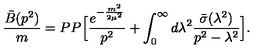
\frac { \bar { B } ( p ^ { 2 } ) } { m } = P P \Big [ { \frac { e ^ { - { \frac { m ^ { 2 } } { 2 \mu ^ { 2 } } } } } { p ^ { 2 } } } + \int _ { 0 } ^ { \infty } d \lambda ^ { 2 } { \frac { \bar { \sigma } ( \lambda ^ { 2 } ) } { p ^ { 2 } - \lambda ^ { 2 } } } \Big ] .